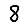
Digit: 8